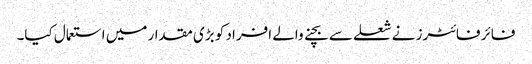
فائر فائٹرز نے شعلے سے بچنے والے افراد کو بڑی مقدار میں استعمال کیا۔